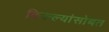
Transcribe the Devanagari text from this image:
किल्ल्यांसोबत